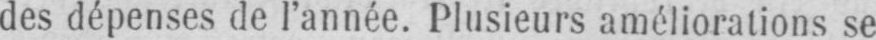
des dépenses de l’année. Plusieurs améliorations se